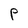
Character: P